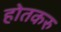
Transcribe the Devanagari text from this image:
होतकरु